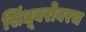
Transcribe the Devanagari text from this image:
सिंधूबरोबरच